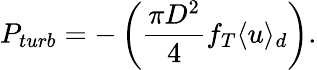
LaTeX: P_{turb}=-\left(\frac{\pi D^{2}}{4}f_{T}\langle u\rangle_{d}\right).